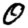
Digit: 0